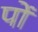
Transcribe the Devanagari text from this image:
पों